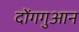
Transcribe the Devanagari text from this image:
दोंगगुआन